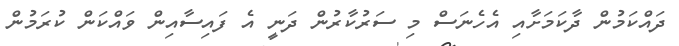
ދައްކަމުން ދާކަމަށާއި އެހެނަސް މި ސަރުކާރުން ދަނީ އެ ފައިސާއިން ވައްކަން ކުރަމުން